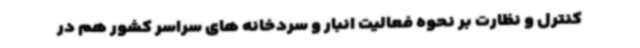
کنترل و نظارت بر نحوه فعالیت انبار و سردخانه های سراسر کشور هم در